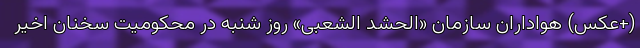
(+عکس) هواداران سازمان «الحشد الشعبی» روز شنبه در محکومیت سخنان اخیر